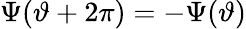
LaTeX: \Psi(\vartheta+2\pi)=-\Psi(\vartheta)